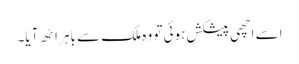
اسے اچھی پیشکش ہوئی تو وہ ملک سے باہر اٹھ آیا۔